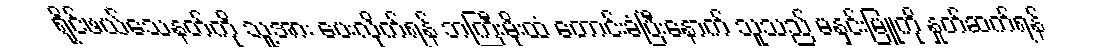
ရိုင်ဖယ်သေနတ်ကို သူ့အား ပေးလိုက်ရန် ဘကြီးမိုးထံ တောင်းခံပြီးနောက် သူသည် မနှင်းမြူကို နှုတ်ဆက်ရန်